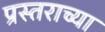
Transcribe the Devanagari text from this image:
प्रस्तराच्या